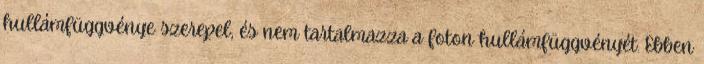
hullámfüggvénye szerepel, és nem tartalmazza a foton hullámfüggvényét. Ebben